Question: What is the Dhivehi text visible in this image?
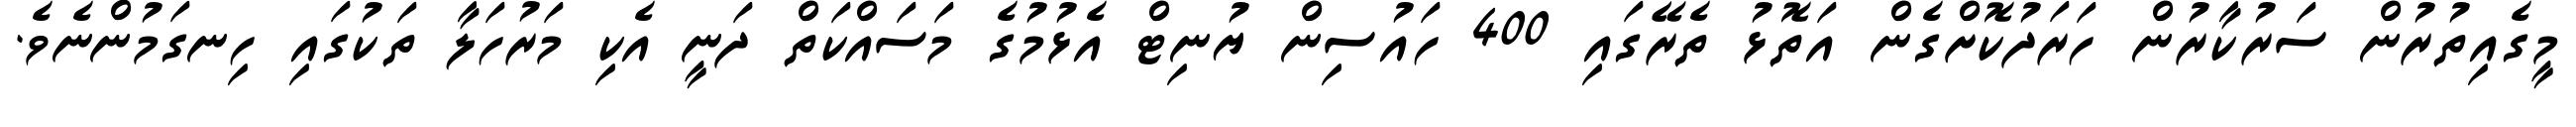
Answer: މީގެއިތުރުން ސަރުކާރުން ހަރަދުކޮށްގެން އަތޮޅު ތެރޭގައި 400 ހައުސިން ޔުނިޓް އެޅުމުގެ މަސައްކަތް ދަނީ އެކި މަރުހަލާ ތަކުގައި ހިނގަމުންނެވެ.